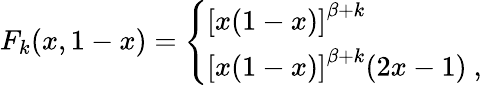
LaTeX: F_{k}(x,1-x)=\left\{ \begin{array}{l}{{\left[x(1-x)\right]^{\beta+k}}}\\ {{\left[x(1-x)\right]^{\beta+k}(2x-1)\ ,}}\end{array}\right.